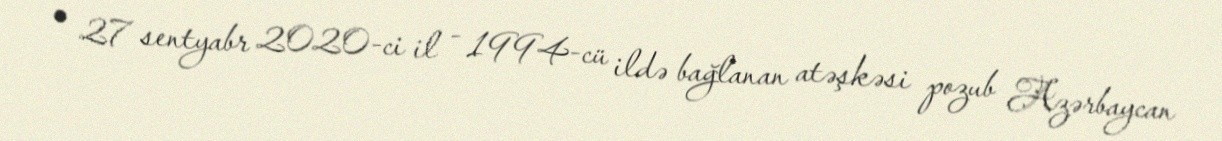
• 27 sentyabr 2020-ci il - 1994-cü ildə bağlanan atəşkəsi pozub Azərbaycan